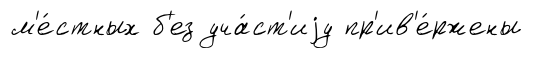
м'е́стных б'ез уча́ст'иjу пр'ив'е́ржены